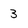
Character: 3